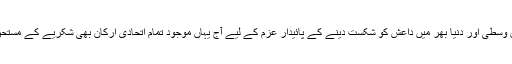
مشرق وسطیٰ اور دنیا بھر میں داعش کو شکست دینے کے پائیدار عزم کے لیے آج یہاں موجود تمام اتحادی ارکان بھی شکریے کے مستحق ہیں۔